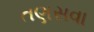
તણસવા